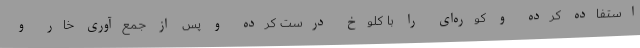
استفاده کرده و کوره‌ای را با کلوخ درست کرده و پس از جمع‌آوری خار و